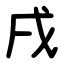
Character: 戌